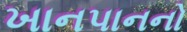
ખાનપાનનો